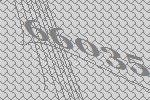
66035